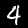
Label: 4